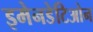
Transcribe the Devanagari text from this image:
इमेनडेटिओन